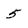
Character: 5